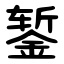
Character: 錾